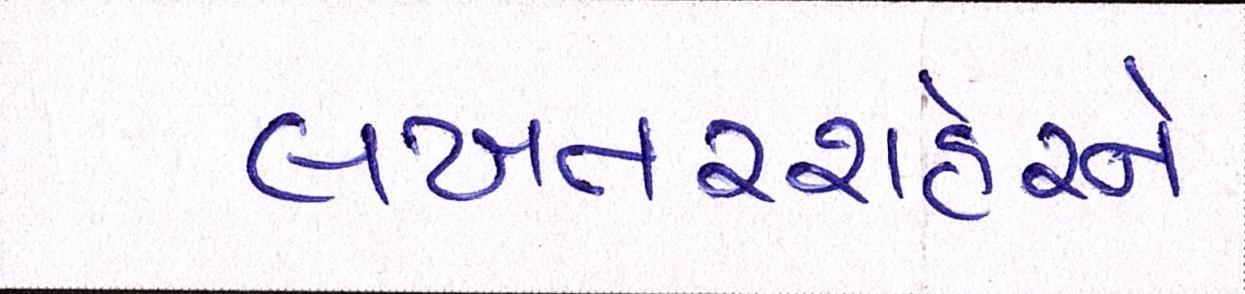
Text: લખતરશહેરને